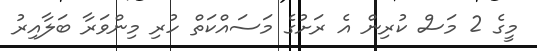
މީގެ 2 މަސް ކުރިން އެ ރަށުގެ މަސައްކަތް ހުރި މިންވަރާ ބަލާއިރު